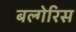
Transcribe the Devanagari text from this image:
बल्गेरिस